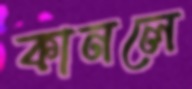
কানলে